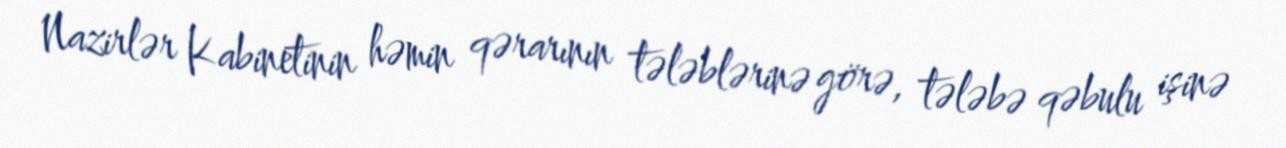
Nazirlər Kabinetinin həmin qərarının tələblərinə görə, tələbə qəbulu işinə